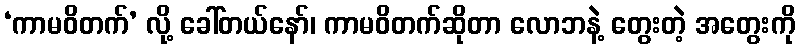
‘ကာမဝိတက်’ လို့ ခေါ်တယ်နော်၊ ကာမဝိတက်ဆိုတာ လောဘနဲ့ တွေးတဲ့ အတွေးကို